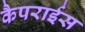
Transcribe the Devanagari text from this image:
कैपराईस